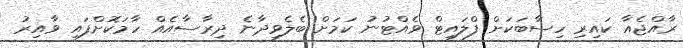
ރާއްޖެއާ ކައިރި ހިސާބަކަށް ފްލައިޓް ވެއްޓުނު ކަމަށް ބެލެވިދާނެ ދިރާސާއެއް ހާމަކޮށްފައި ވާއިރު